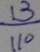
\frac { 1 3 } { 1 1 0 }